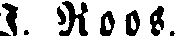
I. Roos.